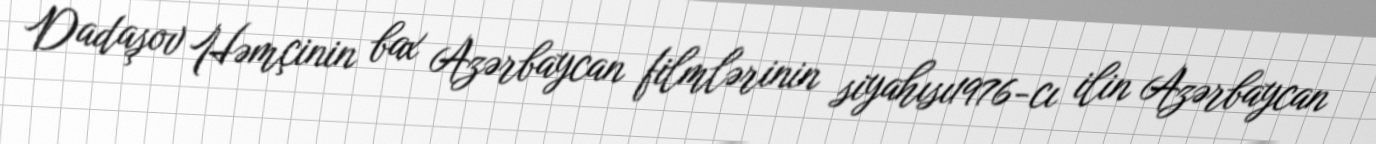
Dadaşov Həmçinin bax Azərbaycan filmlərinin siyahısı1976-cı ilin Azərbaycan